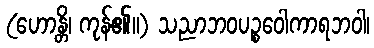
(ဟောန္တိ၊ ကုန်၏။) သညာဘဝပဉ္စဝေါကာရဘဝါ၊